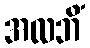
အလဘိံ